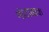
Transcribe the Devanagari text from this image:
मोटाढाक